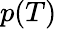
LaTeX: p(T)